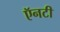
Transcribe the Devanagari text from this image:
ऍनटी